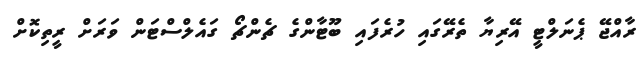
ރާއްޖޭ ޕެނަލްޓީ އޭރިޔާ ތެރޭގައި ހުރެފައި ބޫޓާންގެ ޗެންޗޯ ގައެލްސްޓަން ވަރަށް ރީތިކޮށް